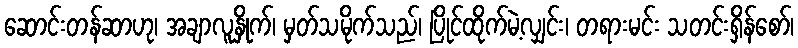
ဆောင်းတန်ဆာဟု၊ အချာလူနှိုက်၊ မှတ်သမိုက်သည်၊ ပြိုင်ထိုက်မဲ့လျှင်း၊ တရားမင်း သတင်းရှိန်စော်၊